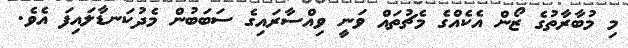
މި މުބާރާތުގެ ޒޯން އެކެއްގެ މެޗުތައް ވަނީ ވިއްސާރައިގެ ސަބަބުން މެދުކަނޑާލައިފަ އެވެ.